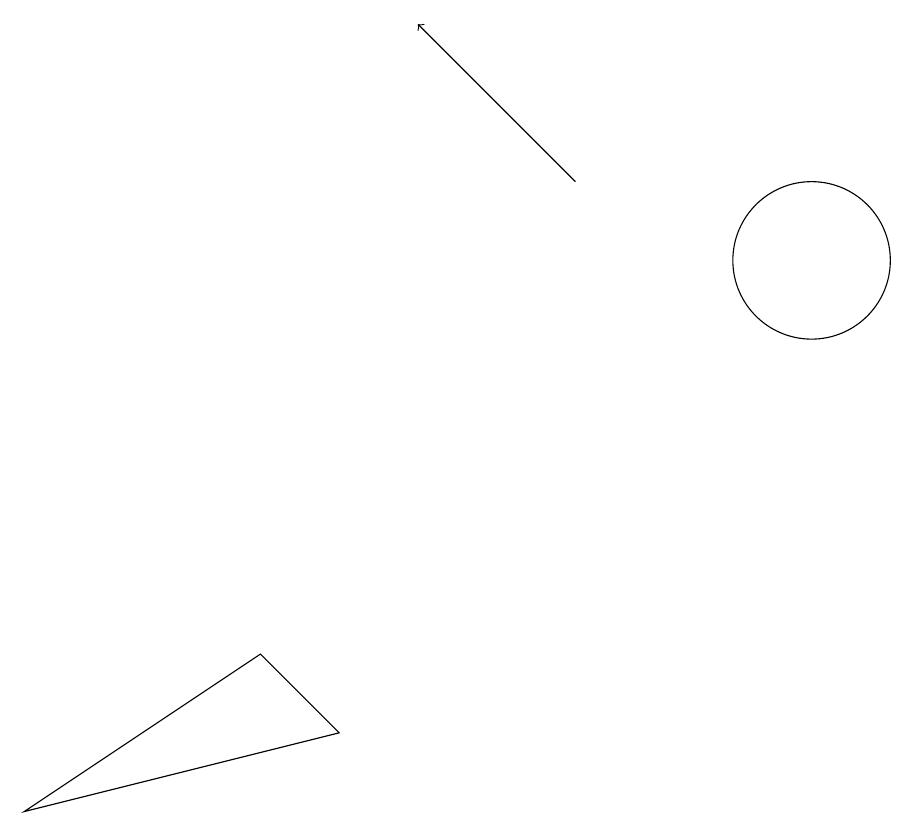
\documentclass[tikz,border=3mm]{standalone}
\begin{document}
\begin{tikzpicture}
\draw[->] (9,12) -- (7,14);
\draw (2,4) -- (6,5) -- (5,6) -- cycle;
\draw (12,11) circle (1);
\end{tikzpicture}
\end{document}